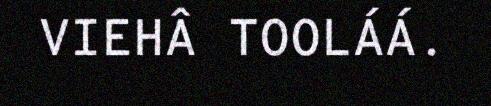
VIEHÂ TOOLÁÁ.